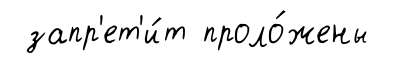
запр'ет'и́т проло́жены